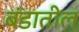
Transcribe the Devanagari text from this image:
बंडातील